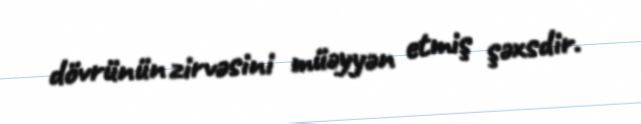
dövrünün zirvəsini müəyyən etmiş şəxsdir.